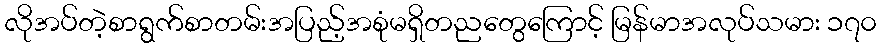
လိုအပ်တဲ့စာရွက်စာတမ်းအပြည့်အစုံမရှိတညတွေကြောင့် မြန်မာအလုပ်သမား ၁၇၀